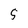
Character: 5